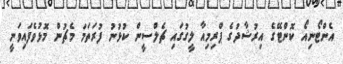
އެންޓޯނިއޯ ކޮންޓޭގެ އިރުޝާދުގެ ޕްރިމިއާ ލީގުގައި ޗެލްސީން ކުޅުނު ފުރަތަމަ މެޗުން މޮޅުވެފައިވަނީ